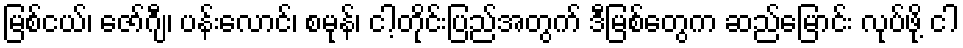
မြစ်ငယ်၊ ဇော်ဂျီ၊ ပန်းလောင်၊ စမုန်၊ ငါ့တိုင်းပြည်အတွက် ဒီမြစ်တွေက ဆည်မြောင်း လုပ်ဖို့ ငါ